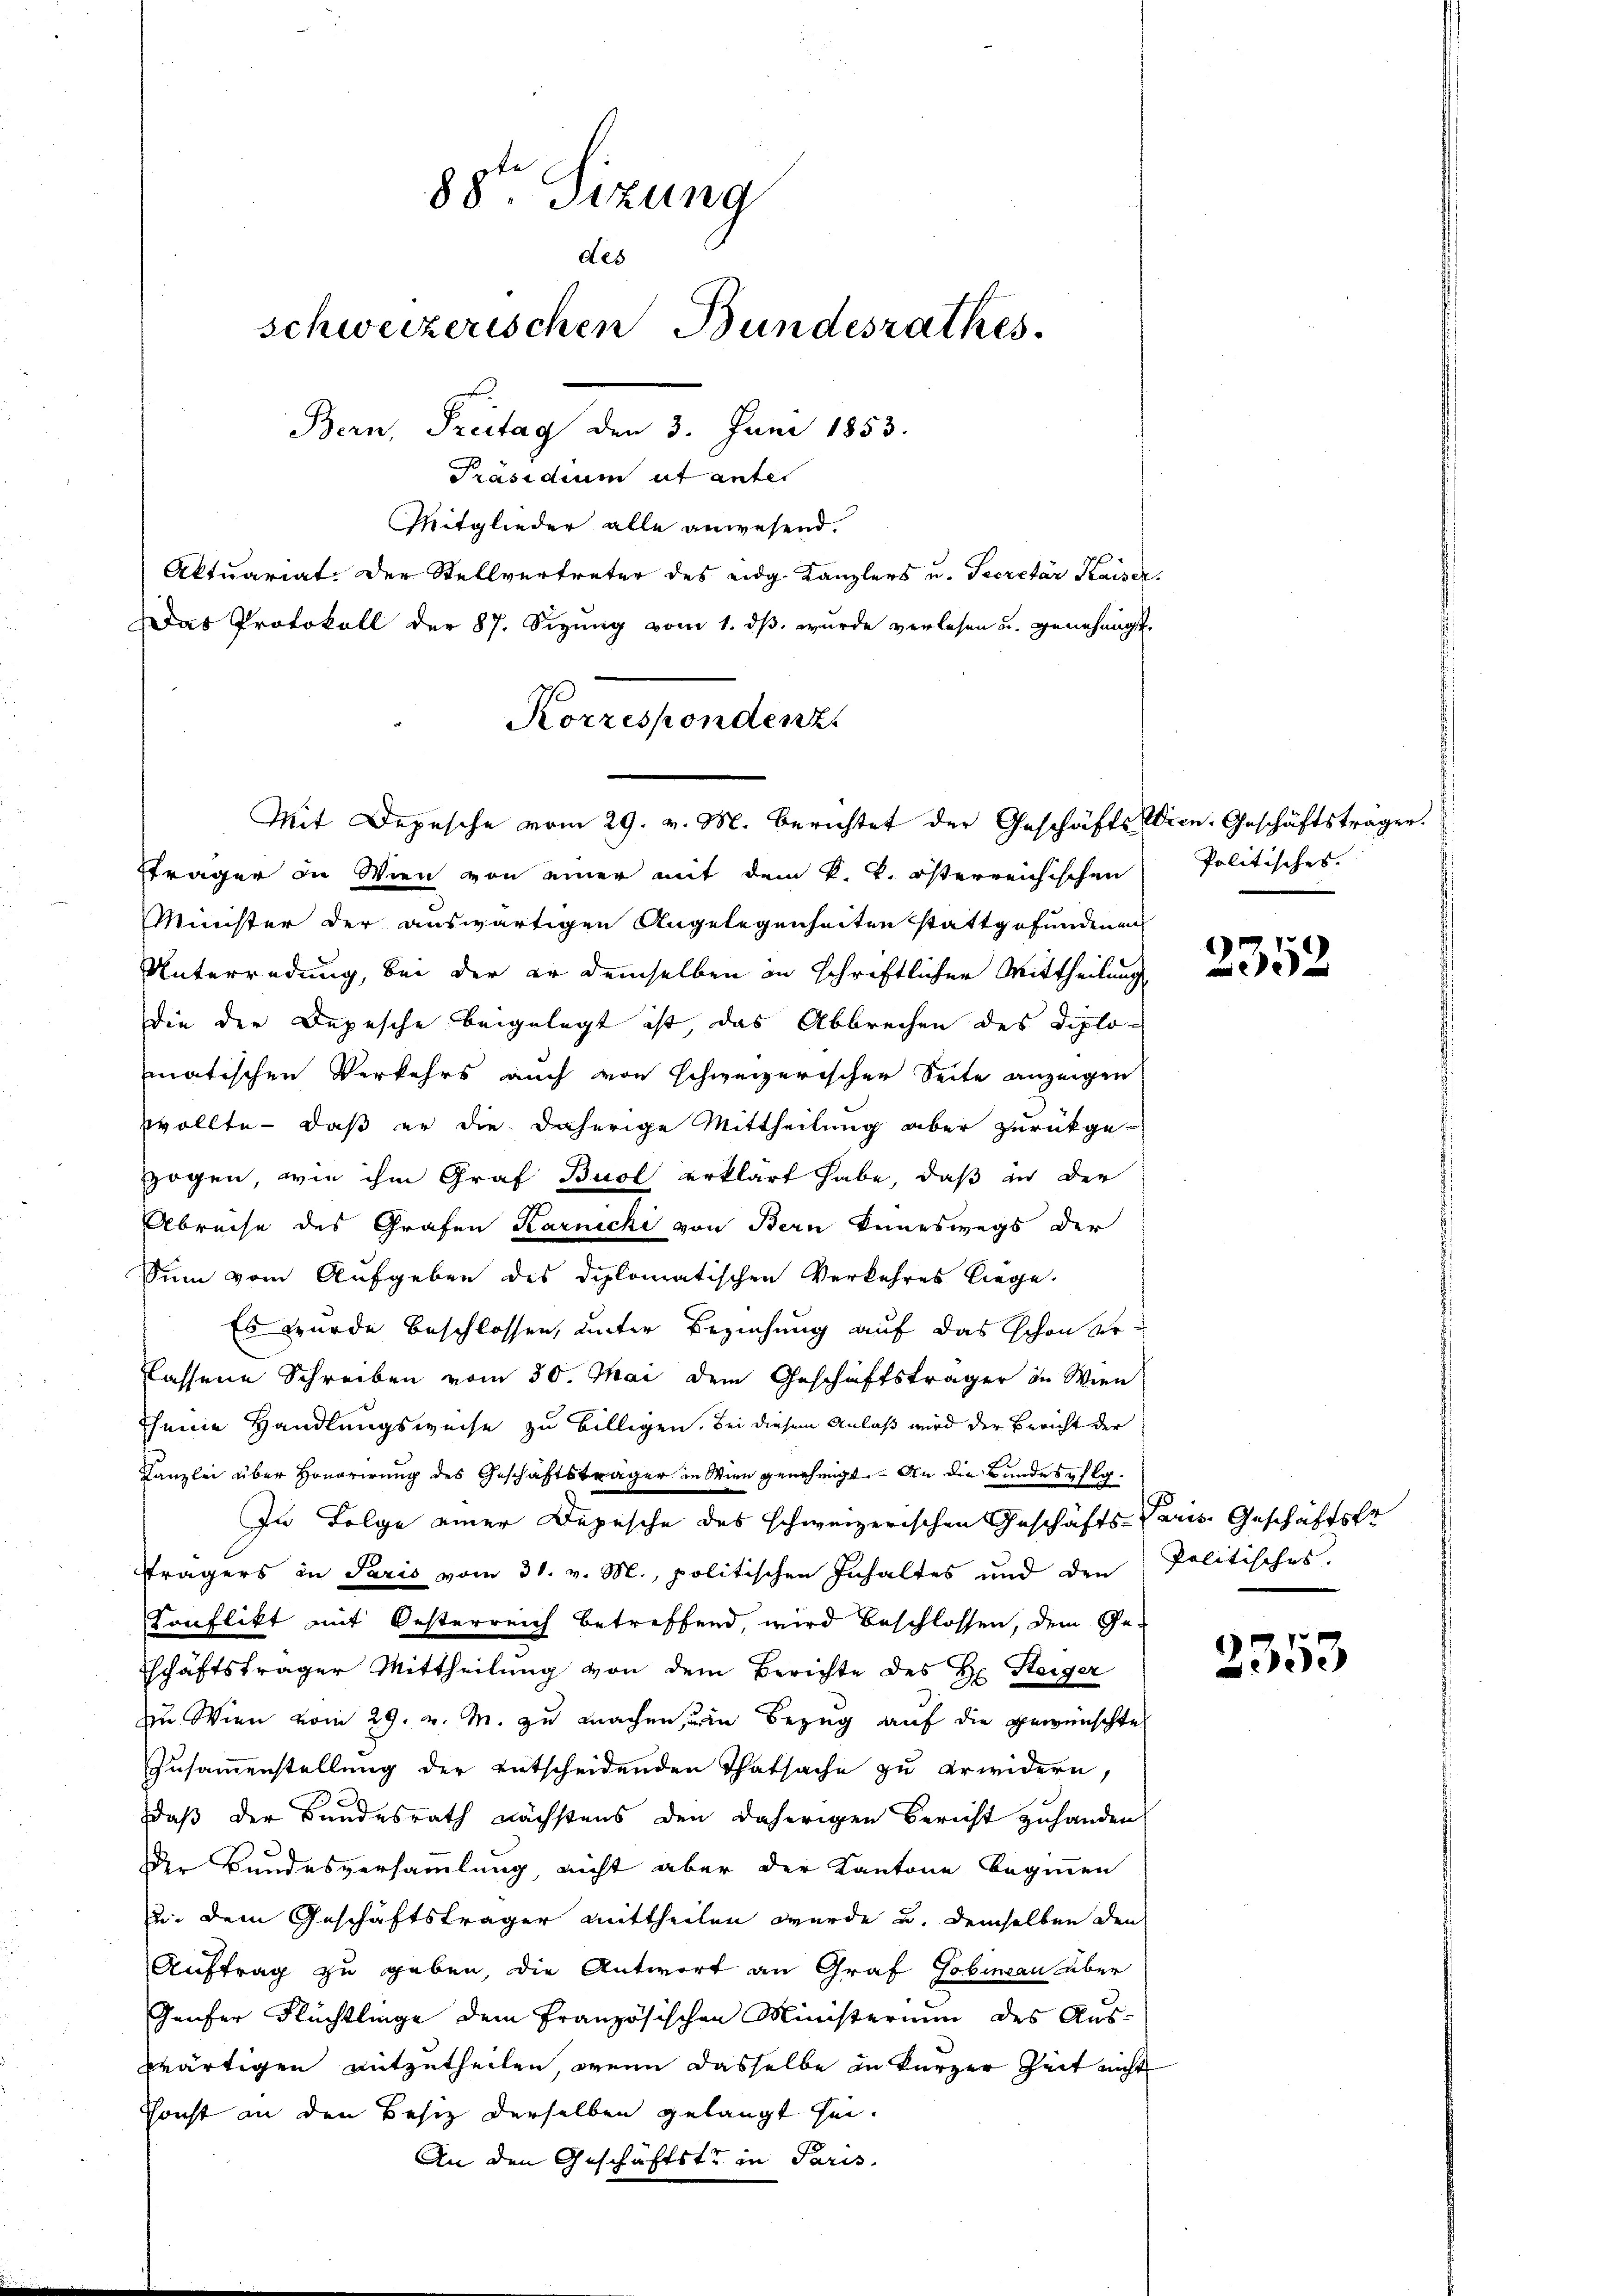
88te Sizung
des
schweizerischen Bundesrathes.
Bern, Freitag den 3. Juni 1853.

Korrespondenz.
Mit Depesche vom 29. v. M. berichtet der Geschäfts Wien. Geschäftsträger.

Präsidium ut ante
Mitglieder alle anwesend.
Aktuariat. Der Stellvertreter des eidg. Kanzlers u. Secretär Kaiser
Das Protokoll der 87. Sizŭng vom 1. dβ. wurde verlesen u. genehmigt.
sträger in Wien von einer mit dem k. k. österreichischen
Minister der auswärtigen Angelegenheiten stattgefundenen
Unterredung, bei der er demselben in schriftlicher Mittheilung
die der Depesche beigelegt ist, das Abbrechen des Diplomatischen Verkehrs auch von schweizerischer Seite anzeigen
wollte - daß er die daherige Mittheilung aber zurückge-
zogen, wie ihm Graf Buol erklärt habe, daß in der
Abreise des Grafen Karnecki von Bern keineswegs der
Sinn vom Aufgeben des Diplomatischen Verkehres liege.
Es wurde beschlossen, unter Beziehung auf das schon erlassene Schreiben vom 30. Mai dem Geschäftsträger in Wien
seine Handlungsweise zu billigen. Bei diesem Anlaß wird der Bericht der
Kanzlei über Honorirung des Geschäftsträger in Wien genehmigt. – An die Bandespflg¬
In Folge einer Depesche des schweizerischen Geschäftsseres Geschäftsfr
trägers in Paris vom 31. v. M., politischen Inhaltes und den
Konflikt mit Oesterreich betreffend, wird beschlossen, dem Ge-
schäftsträger Mittheilung von dem Berichte des H. Steiger
zu Wien vom 29. v. M. zu machen, in Bezug auf die gewünschte
Zusammenstellung der entscheidenden Thatsache zu erwidern,
daß der Bundesrath nächstens den daherigen Bericht zuhanden
der Bundesversammlung, nicht aber der Kantone beginnen
u. dem Geschäftsträger mittheilen wurde u. demselben den
Auftrag zu geben, die Antwort an Graf Gobinau über
Gaufer Flüchtlinge dem Französischen Ministerium des Aus-
wärtigen mitzutheilen, wenn dasselbe in kurzer Zeit nicht
Sonst an den Besiz derselben gelangt sei.
An den Geschäftste in Paris

Politisches.

2352

Politisches

2353